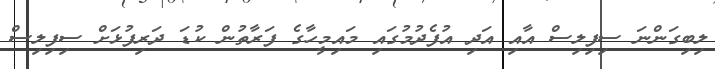
ލިބިގަންނަ ސިފިލިސް އާއި އަދި އުފެދުމުގައި މައިމީހާގެ ފަރާތުން ކުޑަ ދަރިފުޅަށް ސިފިލިސް